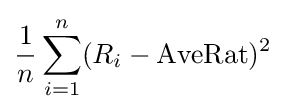
{\frac {1}{n}}\sum _{i=1}^{n}(R_{i}-{\mbox{AveRat}})^{2}